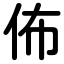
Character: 佈